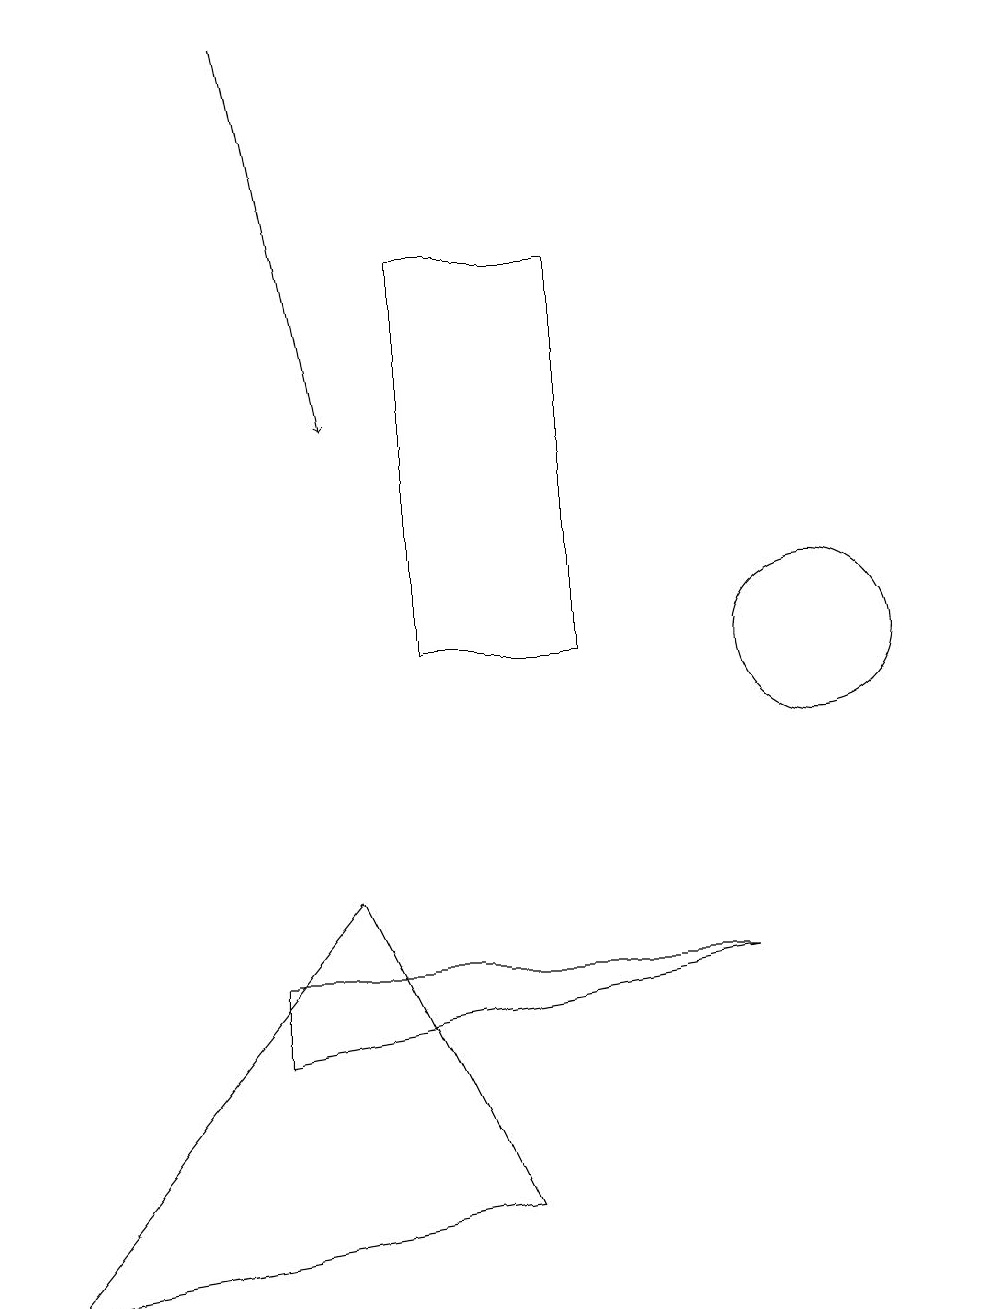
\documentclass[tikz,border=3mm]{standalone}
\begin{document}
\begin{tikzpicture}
\draw (12,10) circle (0);
\draw (9,7) -- (3,6) -- (3,7) -- cycle;
\draw (5,16) rectangle (7,11);
\draw (10,11) circle (1);
\draw[->] (3,19) -- (4,14);
\draw (0,3) -- (6,4) -- (4,8) -- cycle;
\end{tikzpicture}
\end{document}